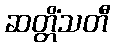
ဆတ္တိံသတီ